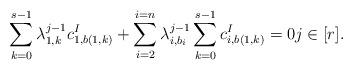
LaTeX: \begin{align*}\sum_{k = 0}^{s - 1} \lambda_{1, k}^{j - 1} c^{I}_{1, b(1, k)} + \sum_{i = 2}^{i = n} \lambda_{i, b_{i}}^{j - 1} \sum_{k = 0}^{s - 1} c^{I}_{i, b(1, k)} = 0 j \in [r].\end{align*}